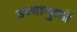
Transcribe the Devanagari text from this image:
उच्चायुक्तों